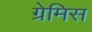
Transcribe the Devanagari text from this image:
ग्रेमिस